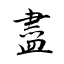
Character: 盡